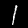
Digit: 1